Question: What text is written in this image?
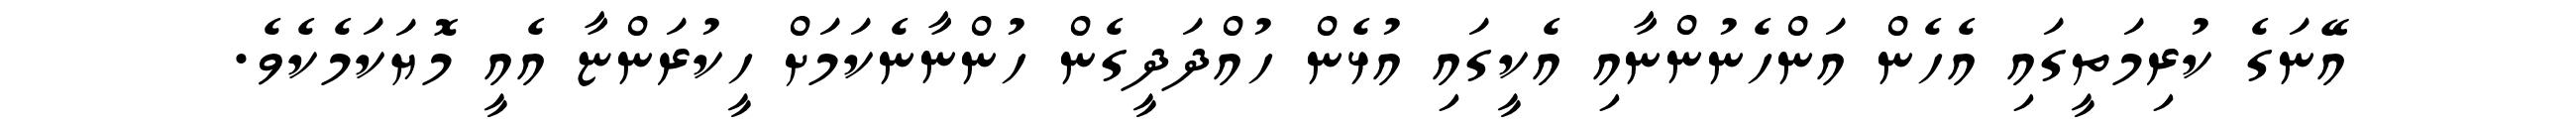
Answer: އޭނަގެ ކުރިމަތީގައި އެހެން އަންހެނުންނާއި އެކީގައި އުޅެން ހުއްދަދީގެން ހުންނާނެކަމަށް ހީކުރަންޏާ އެއީ މޮޔަކަމެކެވެ.